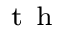
^ \mathrm { ~ t ~ h ~ }